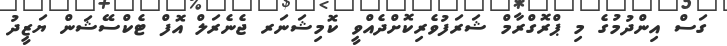
ގަސް އިންދުމުގެ މި ޕްރޮގްރާމް ޝަރަފުވެރިކޮށްދެއްވީ ކޮމިޝަނަރ ޖެނެރަލް އޮފް ޓެކްސޭޝަން ޔަޒީދު